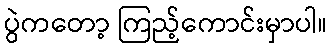
ပွဲကတော့ ကြည့်ကောင်းမှာပါ။